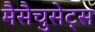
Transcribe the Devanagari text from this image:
मैसैचुसेट्स